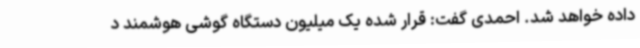
داده خواهد شد. احمدی گفت: قرار شده یک میلیون دستگاه گوشی هوشمند د